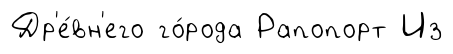
Др'е́вн'его го́рода Рапопорт Из